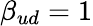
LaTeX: \beta_{ud}=1